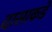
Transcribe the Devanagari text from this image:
दासाकडे